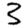
Digit: 3